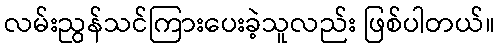
လမ်းညွန်သင်ကြားပေးခဲ့သူလည်း ဖြစ်ပါတယ်။